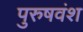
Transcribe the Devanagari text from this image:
पुरुषवंश